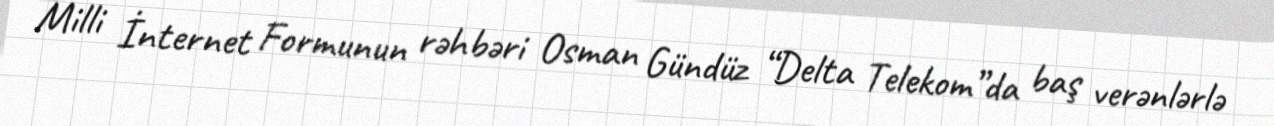
Milli İnternet Formunun rəhbəri Osman Gündüz “Delta Telekom”da baş verənlərlə